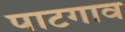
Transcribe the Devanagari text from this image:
पाटगाव